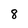
Character: 8